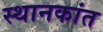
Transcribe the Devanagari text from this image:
स्थानकांत